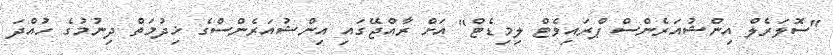
"ސޮލަރެލް އިންޝުއަރެންސް ޕްރައިވެޓް ލިމިޑެޓް" އަށް ރާއްޖޭގައި އިންޝުއަރެންސްގެ ޚިދުމަތް ދިނުމުގެ ހުއްދަ